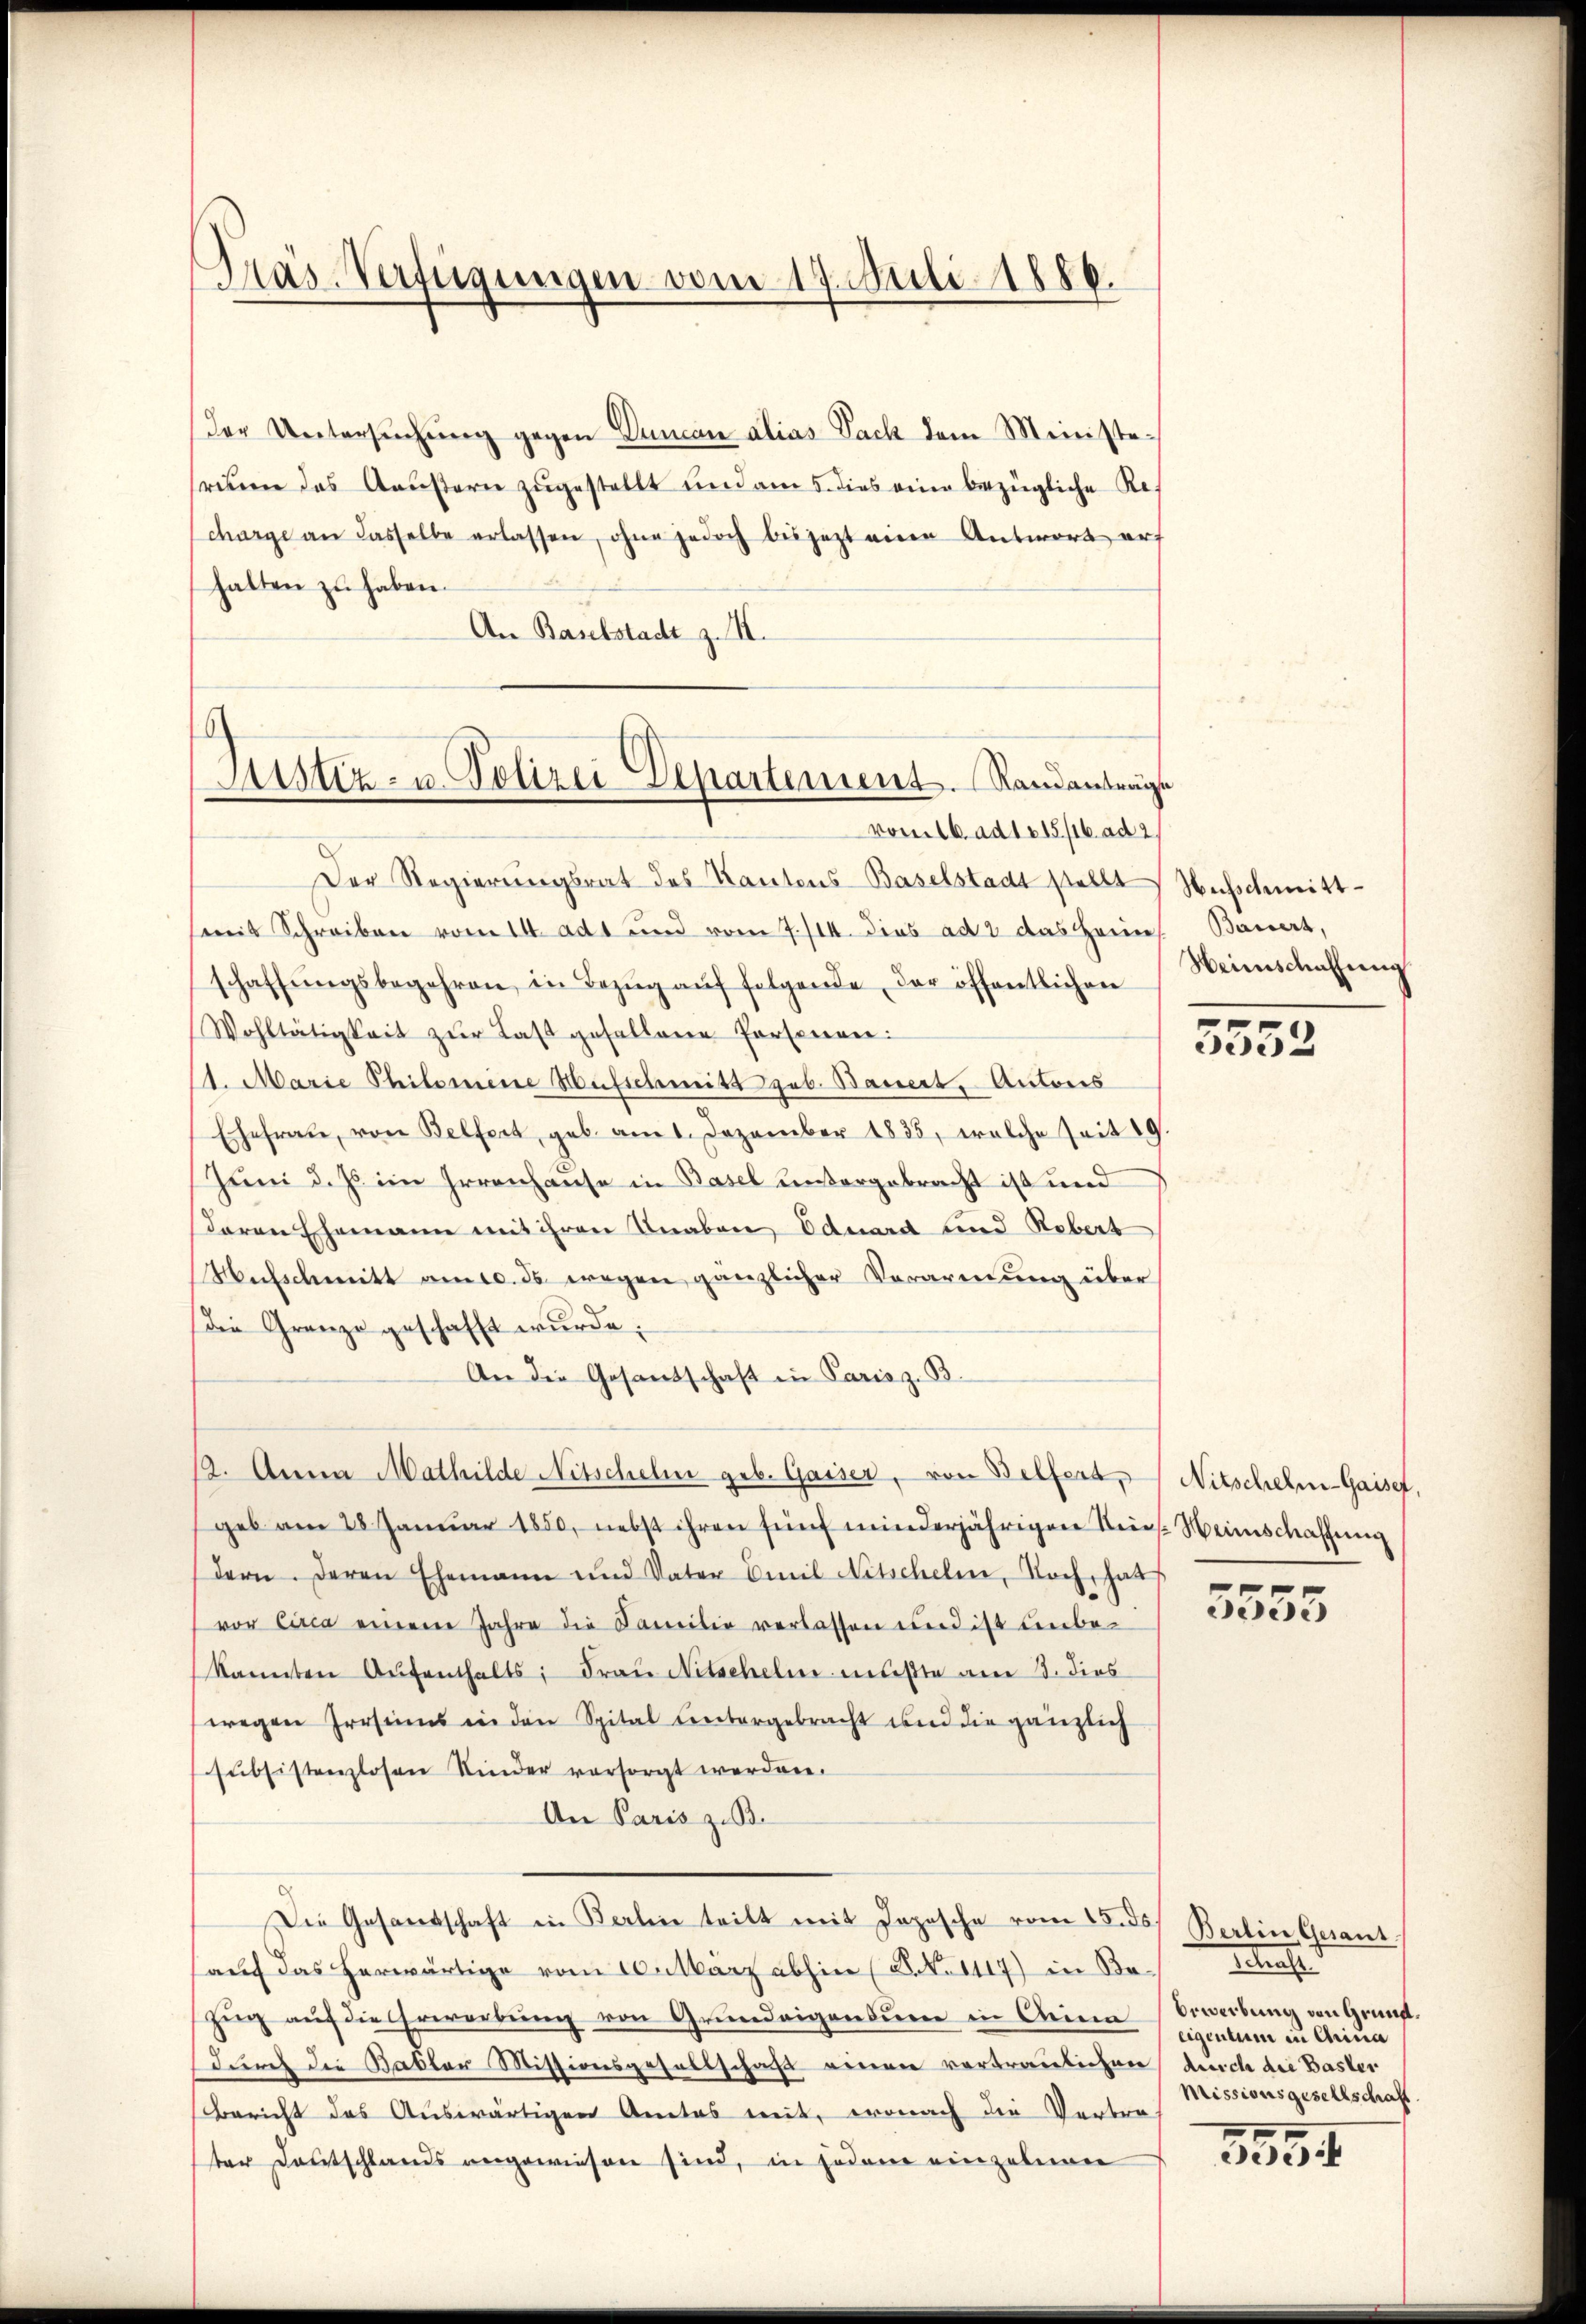
Der Untersŭchŭng gegen Duncan alias Fach dem Ministefreuen das Aeußern zugestellt und am 5. dies eine bezügliche Re¬
Scharge an dasselbe erlassen, ohne jedoch bis jetzt eine Antwort erf
halten zu haben.
An Baselstadt z. B.
vom 16. ad 1015/16. ad 2
Der Regierŭngsrat des Kantons-Baselstadt stellt Wuschmittmit Schreiben vom 14. adt und vom 7./14. dies ad 2 das Heims Bauert,
schaffŭngsbegehren, in Bezŭg aŭf folgende der öffentlichen
Wohltätigkeit zŭr Last gefallene Personen:
11. Marie Philomine Hufschmitt geb. Bauert, Antons
Ehefraŭ, von Belfert, geb. am 1. Dezember 1835, welche seit 19.
Juni d. Js. im Irrenhause in Basel untergebracht ist und
daron Ehemann mit ihren Knaben, Eduard und Robert
Hufschmitt am 10. ds wegen gänzlicher Verarmung über
Die Grenze geschafft wurde:
An die Gesandschaft in Parisz. B.
12. Anna Mathilde Nitschelm geb. Gaiser, von Belfers, Nitschelm-Gaiser,
geb am 28 Januar 1850, nebst ihren fünf minderjährigen Stein. Heimschaffung
dern. Deren Ehemann und Vater Emil Nitschelm, Noch, hab
vor circa einem Jahre die Familie verlassen und ist unbekannten Aŭfenthalts: Frau Nitschelm mußte am 3. dies
wegen Irrsins in den Spital untergebracht und die gänzlich
subsistenzlosen Kinder versorgt werden.
An Paris z. B.
Die Gesandschaft in Kerlin teilt mit Jopesche vom 15. ds Berlin Gesant
auch das herwärtige vom 10. März abhin (B. No 1117) in Be¬
Zug auf die Erwerbung von Grundeigensum in Beina
durch die Babler Missionsgesellschaft einen vertraulichen
Bericht des Auswärtigen Amtes mit, wonach die Vertre-
ter Deutschlands angewiesen sind, in jeden einzelnen

Präs-Verfügungen vom 17. Juli 1886.

Justiz- u. Polizei Departement. Randanträge

Heinschaffung

5552

5555

etrach
Bewerbung von Grundeigentum in China
durch die Basler
Missionsgesellschaft.
5

e